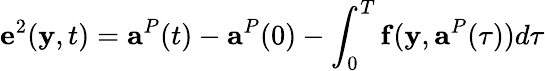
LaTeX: \mathbf{e}^{2}(\mathbf{y},t)=\mathbf{a}^{P}(t)-\mathbf{a}^{P}(0)-\int_{0}^{T}\mathbf{f}(\mathbf{y},\mathbf{a}^{P}(\tau))d\tau